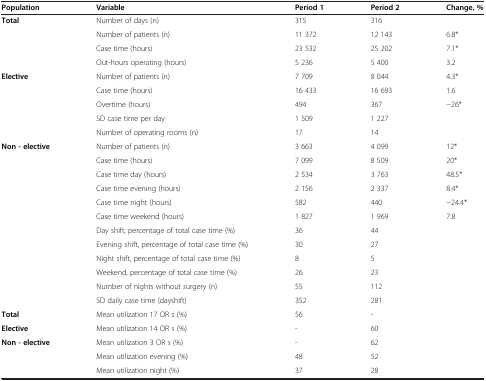
<table><thead><tr><td><b>Population</b></td><td><b>Variable</b></td><td><b>Period 1</b></td><td><b>Period 2</b></td><td><b>Change, %</b></td></tr></thead><tbody><tr><td><b>Total</b></td><td>Number of days (n)</td><td>315</td><td>316</td><td> </td></tr><tr><td> </td><td>Number of patients (n)</td><td>11 372</td><td>12 143</td><td>6.8*</td></tr><tr><td> </td><td>Case time (hours)</td><td>23 532</td><td>25 202</td><td>7.1*</td></tr><tr><td> </td><td>Out-hours operating (hours)</td><td>5 236</td><td>5 400</td><td>3.2</td></tr><tr><td><b>Elective</b></td><td>Number of patients (n)</td><td>7 709</td><td>8 044</td><td>4.3*</td></tr><tr><td> </td><td>Case time (hours)</td><td>16 433</td><td>16 693</td><td>1.6</td></tr><tr><td> </td><td>Overtime (hours)</td><td>494</td><td>367</td><td>−26*</td></tr><tr><td> </td><td>SD case time per day</td><td>1 509</td><td>1 227</td><td> </td></tr><tr><td> </td><td>Number of operating rooms (n)</td><td>17</td><td>14</td><td> </td></tr><tr><td><b>Non - elective</b></td><td>Number of patients (n)</td><td>3 663</td><td>4 099</td><td>12*</td></tr><tr><td> </td><td>Case time (hours)</td><td>7 099</td><td>8 509</td><td>20*</td></tr><tr><td> </td><td>Case time day (hours)</td><td>2 534</td><td>3 763</td><td>48.5*</td></tr><tr><td> </td><td>Case time evening (hours)</td><td>2 156</td><td>2 337</td><td>8.4*</td></tr><tr><td> </td><td>Case time night (hours)</td><td>582</td><td>440</td><td>−24.4*</td></tr><tr><td> </td><td>Case time weekend (hours)</td><td>1 827</td><td>1 969</td><td>7.8</td></tr><tr><td> </td><td>Day shift, percentage of total case time (%)</td><td>36</td><td>44</td><td> </td></tr><tr><td> </td><td>Evening shift, percentage of total case time (%)</td><td>30</td><td>27</td><td> </td></tr><tr><td> </td><td>Night shift, percentage of total case time (%)</td><td>8</td><td>5</td><td> </td></tr><tr><td> </td><td>Weekend, percentage of total case time (%)</td><td>26</td><td>23</td><td> </td></tr><tr><td> </td><td>Number of nights without <i>s</i>urgery (n)</td><td>55</td><td>112</td><td> </td></tr><tr><td> </td><td>SD daily case time (dayshift)</td><td>352</td><td>281</td><td> </td></tr><tr><td><b>Total</b></td><td>Mean utilization 17 OR s (%)</td><td>56</td><td>-</td><td> </td></tr><tr><td><b>Elective</b></td><td>Mean utilization 14 OR s (%)</td><td>-</td><td>60</td><td> </td></tr><tr><td><b>Non - elective</b></td><td>Mean utilization 3 OR s (%)</td><td>-</td><td>62</td><td> </td></tr><tr><td> </td><td>Mean utilization evening (%)</td><td>48</td><td>52</td><td> </td></tr><tr><td> </td><td>Mean utilization night (%)</td><td>37</td><td>28</td><td> </td></tr></tbody></table>